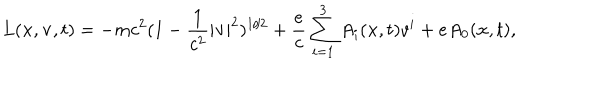
LaTeX: L ( { \bf x } , { \bf v } , t ) = - m c ^ { 2 } ( 1 - \frac { 1 } { c ^ { 2 } } | { \bf v } | ^ { 2 } ) ^ { 1 / 2 } + \frac { e } { c } \sum _ { i = 1 } ^ { 3 } A _ { i } ( { \bf x } , t ) v ^ { i } + e A _ { 0 } ( { \bf x } , t ) ,